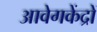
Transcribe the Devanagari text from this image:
आवेगकेंद्रों